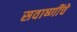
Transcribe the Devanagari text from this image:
सवाष्णींचे